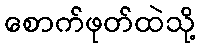
စောက်ဖုတ်ထဲသို့